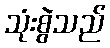
သုံးစွဲသည်